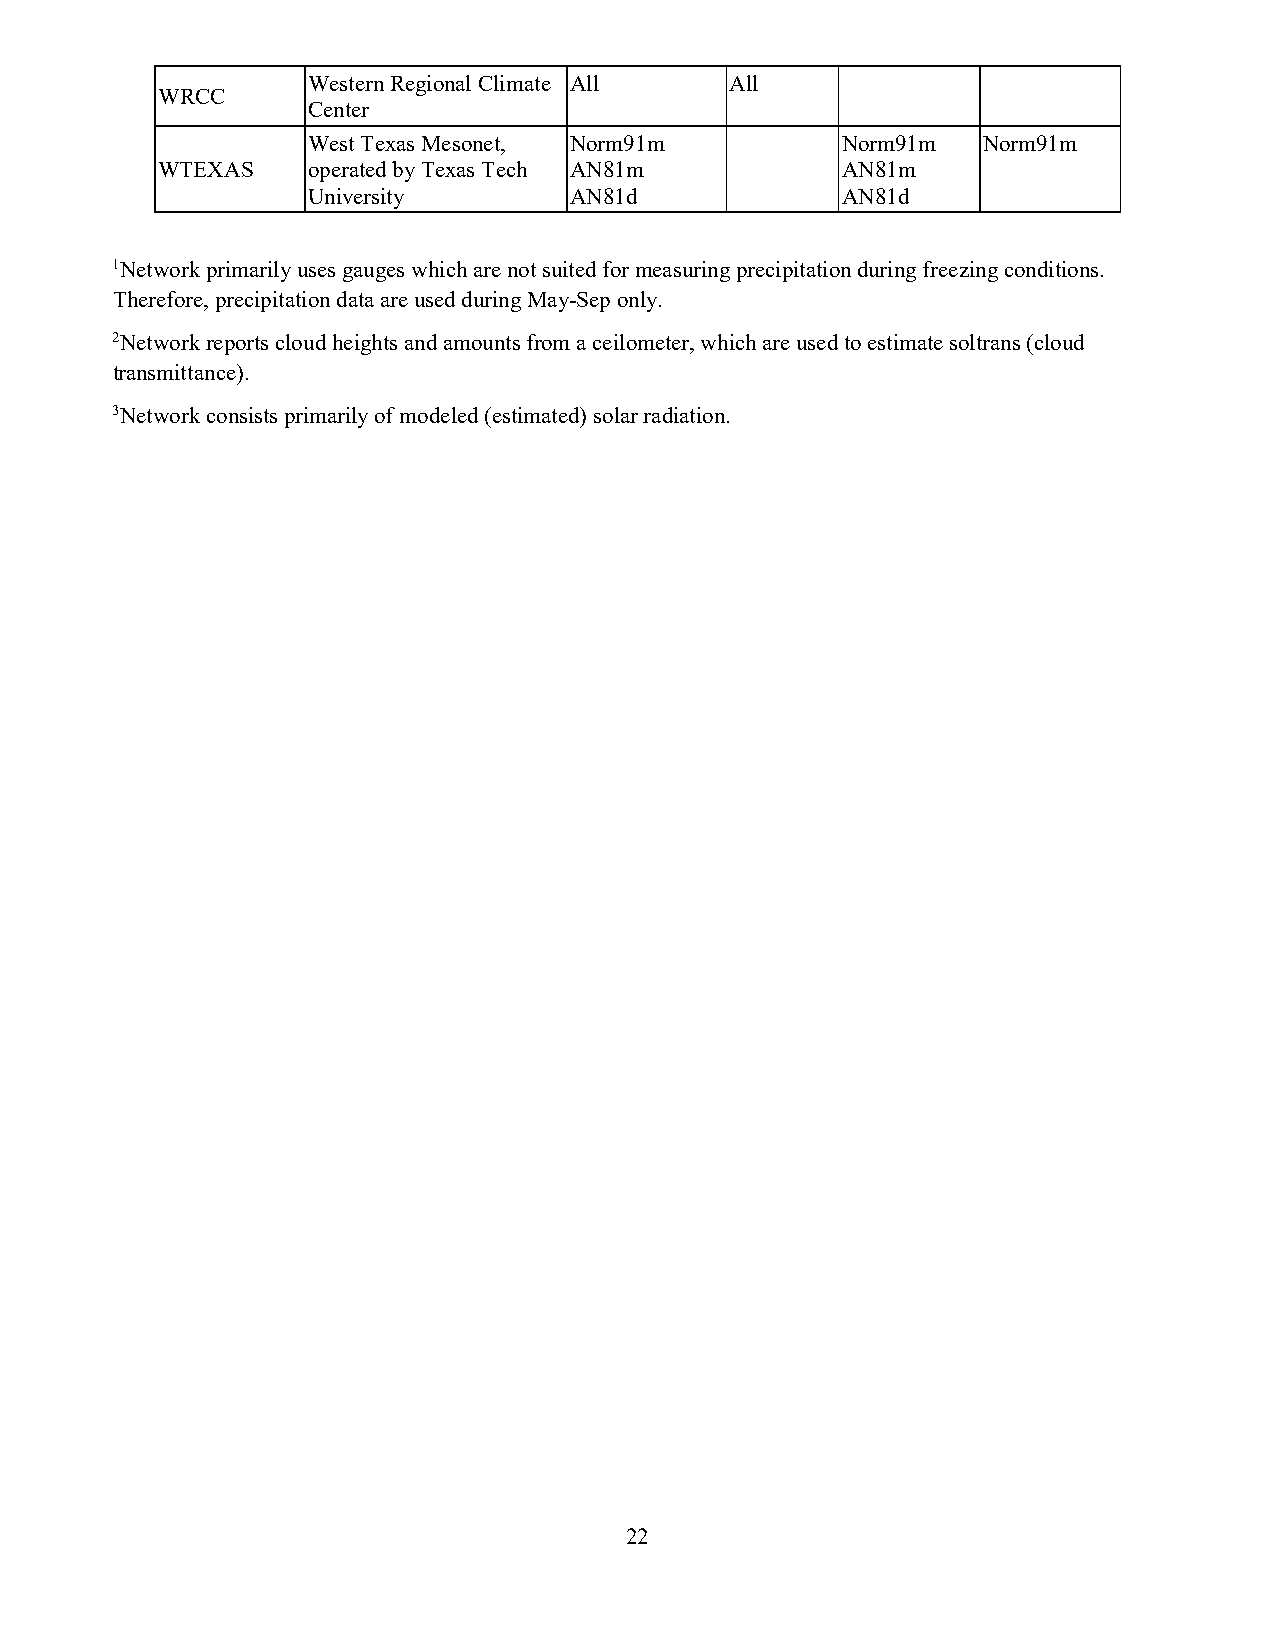
Western Regional Climate All All
 WRCC
 Center
 West Texas Mesonet, Norm91m         Norm91m  Norm91m
 WTEXAS    operated by Texas Tech AN81m        AN81m
 University        AN81d             AN81d
 1Network primarily uses gauges which are not suited for measuring precipitation during freezing conditions.
 Therefore, precipitation data are used during May-Sep only.
 2Network reports cloud heights and amounts from a ceilometer, which are used to estimate soltrans (cloud
 transmittance).
 3Network consists primarily of modeled (estimated) solar radiation.
 22